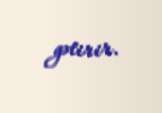
gətirir.